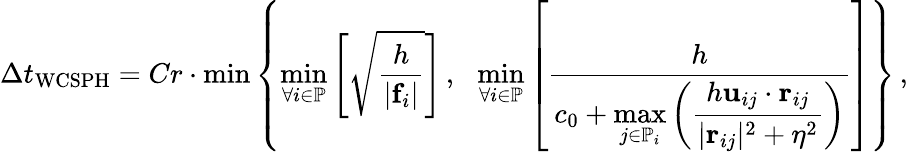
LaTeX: \Delta t_{\mathrm{WCSPH}}=Cr\cdot\operatorname*{min}\left\lbrace\operatorname*{min}_{\forall i\in\mathbb{P}}\left[\sqrt{\frac{h}{\vert\mathbf{f}_{i}\vert}}\right]\, ,\: \: \: \operatorname*{min}_{\forall i\in\mathbb{P}}\left[\frac{h}{c_{0}+\displaystyle\operatorname*{max}_{j\in\mathbb{P}_{i}}\left(\frac{h\mathbf{u}_{ij}\cdot\mathbf{r}_{ij}}{\vert\mathbf{r}_{ij}\vert^{2}+\eta^{2}}\right)}\right]\right\rbrace\, ,